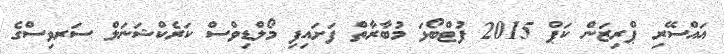
އައްސޭރި ޕްރިޒަން ކަޕް 2015 ފުޓްބޯޅަ މުބާރާތް ފަށައިފި މޯލްޑިވްސް ކަރެކްޝަނަލް ސަރވިސްގެ